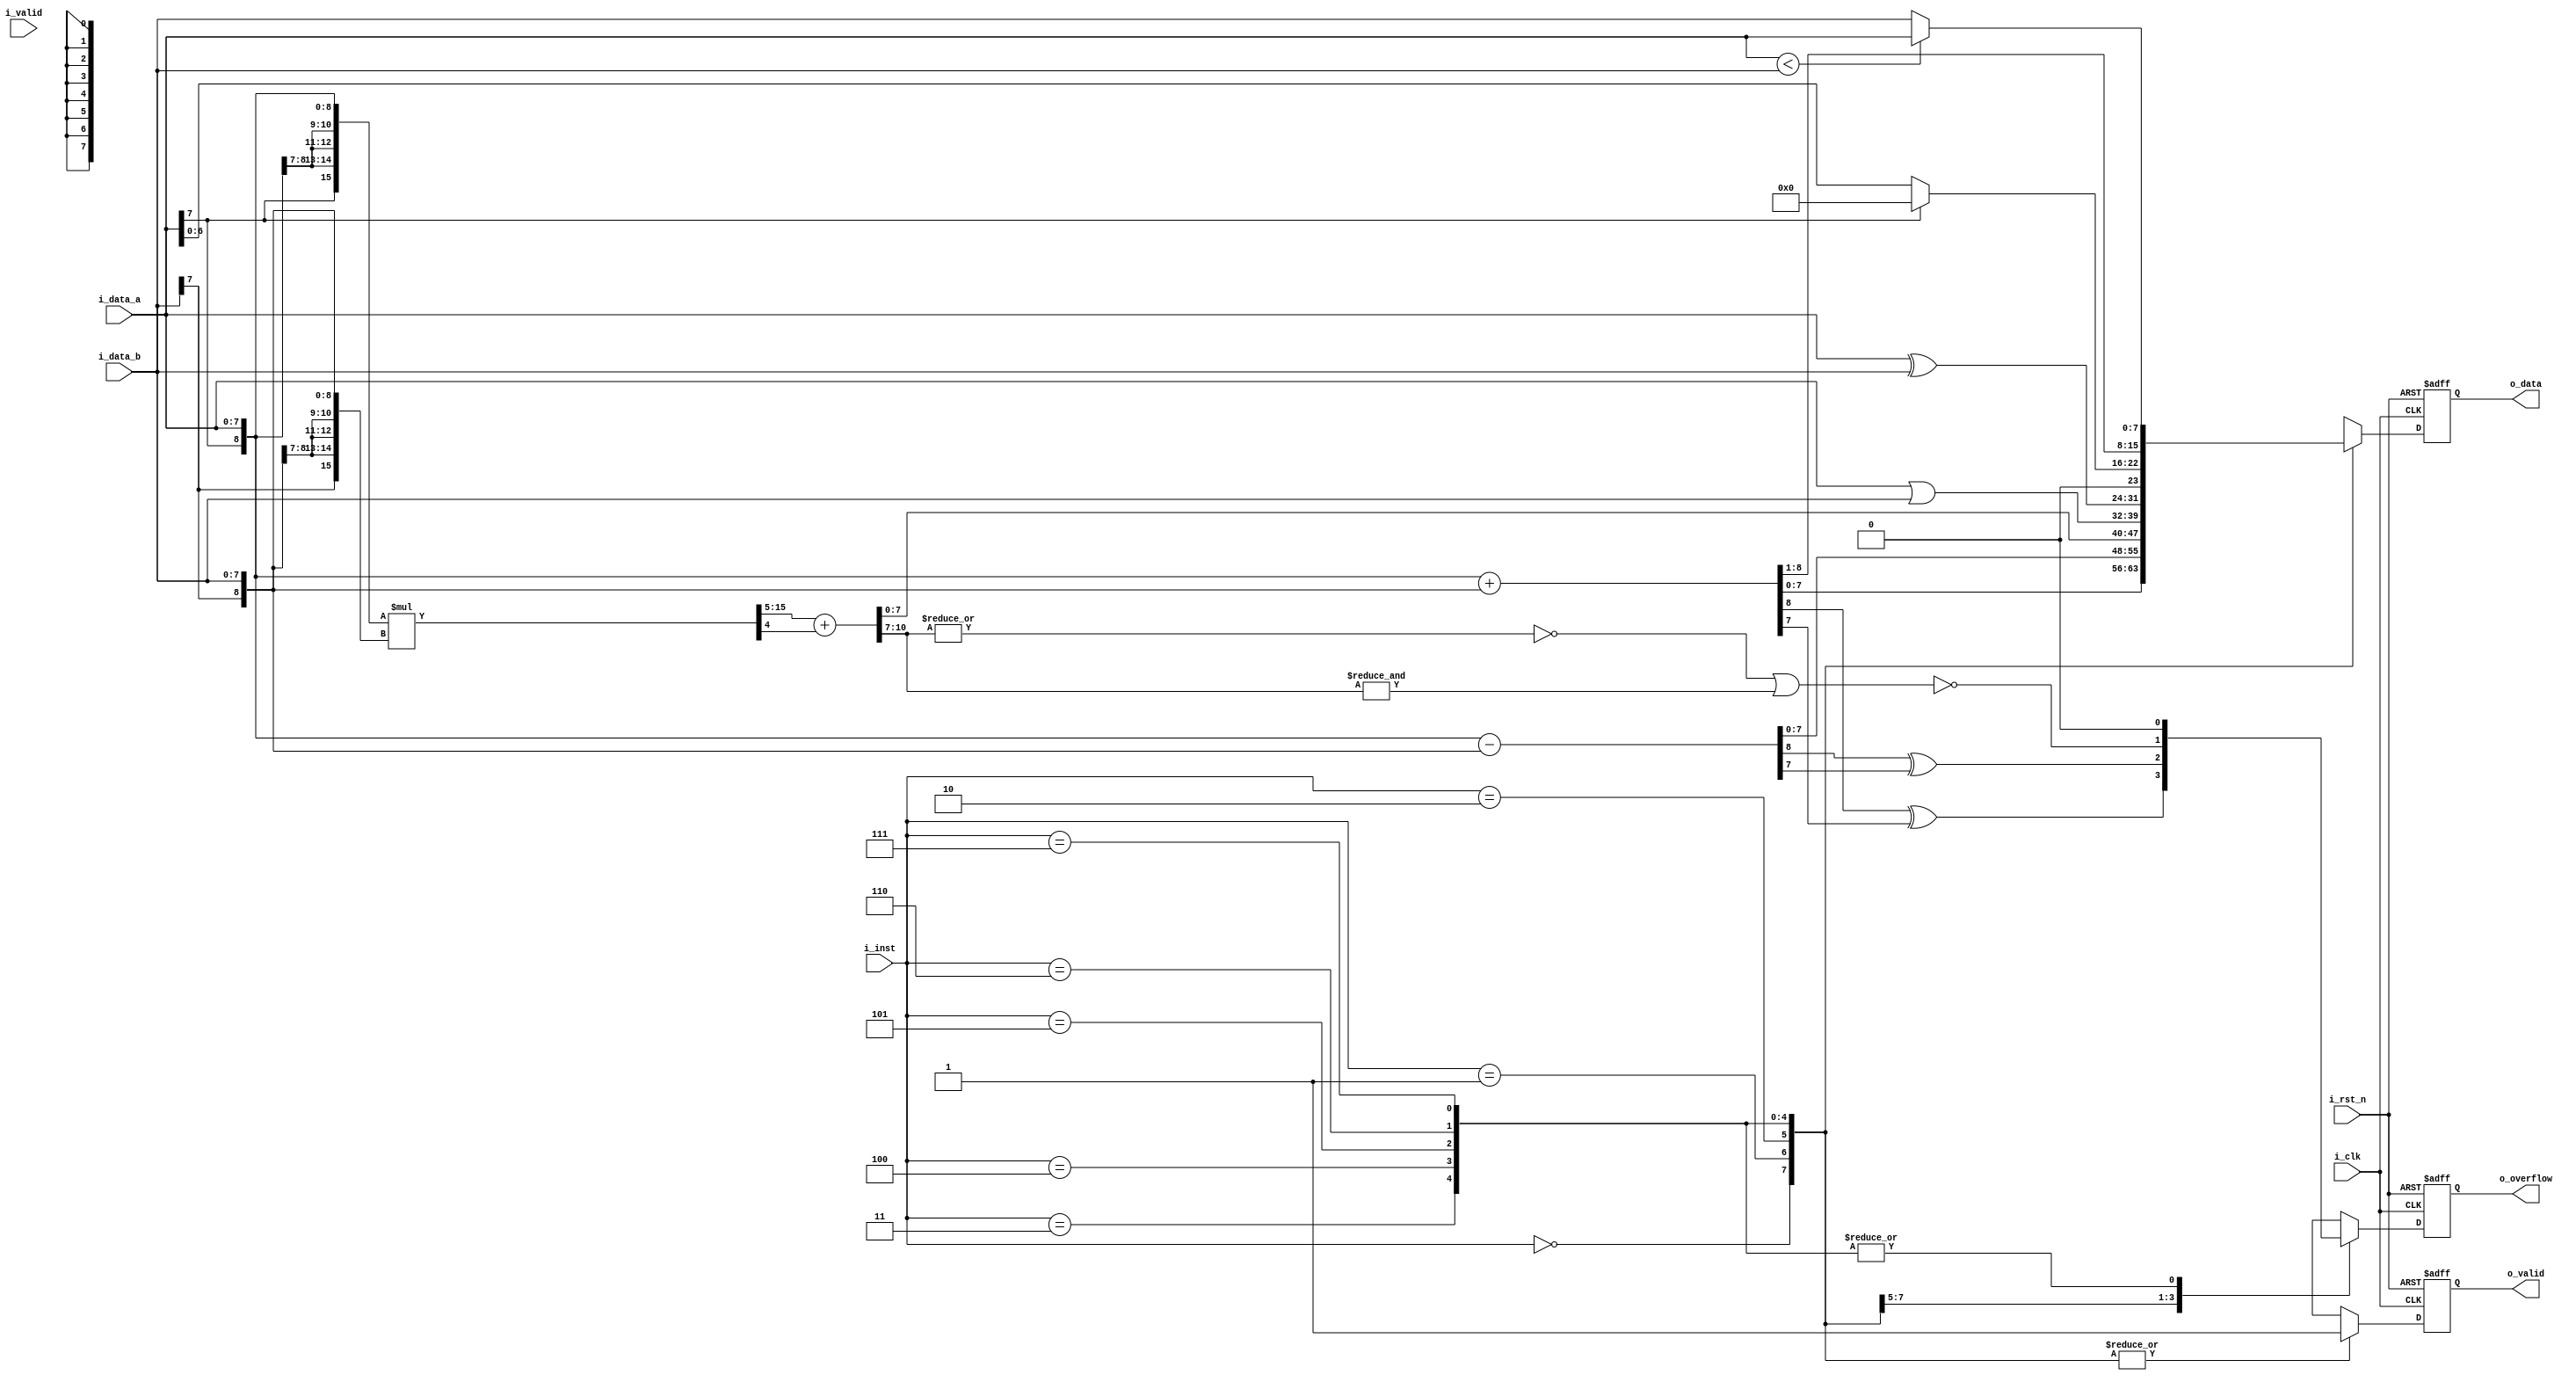
module alu #(
    parameter INT_W  = 3,
    parameter FRAC_W = 5,
    parameter INST_W = 3,
    parameter DATA_W = INT_W + FRAC_W
)(
    input                   i_clk,
    input                   i_rst_n,
    input                   i_valid,
    input signed [ DATA_W-1 : 0 ] i_data_a,
    input signed [ DATA_W-1 : 0 ] i_data_b,
    input  [ INST_W-1 : 0 ] i_inst,
    output                  o_valid,
    output [ DATA_W-1 : 0 ] o_data,
    output                  o_overflow
);

// operations
localparam OP_ADD  = 3'b000;
localparam OP_SUB  = 3'b001;
localparam OP_MUL  = 3'b010;
localparam OP_OR   = 3'b011;
localparam OP_XOR  = 3'b100;
localparam OP_RELU = 3'b101;
localparam OP_MEAN = 3'b110;
localparam OP_MIN  = 3'b111;
    
// ---------------------------------------------------------------------------
// Wires and Registers
// ---------------------------------------------------------------------------
reg  [  DATA_W-1:0] o_data_w, o_data_r;
reg                 o_valid_w, o_valid_r;
reg                 o_overflow_w, o_overflow_r;
// ---- Add your own wires and registers here if needed ---- //

wire [  DATA_W  :0] add_result;
wire                add_overflow;

wire [  DATA_W  :0] sub_result;
wire                sub_overflow;

wire [2*DATA_W-1:0] mul_result_temp;
wire [2*INST_W+FRAC_W-1:0] mul_result;
wire                mul_carryin;
wire                mul_overflow;

wire [  DATA_W-1:0] or_result;
wire [  DATA_W-1:0] xor_result;
wire [  DATA_W-1:0] relu_result;

wire [  DATA_W-1:0] mean_result;

wire [  DATA_W-1:0] min_result;




// ---------------------------------------------------------------------------
// Continuous Assignment
// ---------------------------------------------------------------------------
assign o_valid = o_valid_r;
assign o_data = o_data_r;
assign o_overflow = o_overflow_r;
// ---- Add your own wire data assignments here if needed ---- //

assign add_result = {i_data_a[DATA_W-1], i_data_a} + {i_data_b[DATA_W-1], i_data_b};
assign add_overflow = add_result[DATA_W] ^ add_result[DATA_W-1];

assign sub_result = {i_data_a[DATA_W-1], i_data_a} - {i_data_b[DATA_W-1], i_data_b};
assign sub_overflow = sub_result[DATA_W] ^ sub_result[DATA_W-1];

assign mul_result_temp = {{DATA_W{i_data_a[DATA_W-1]}}, i_data_a} * {{DATA_W{i_data_b[DATA_W-1]}}, i_data_b};
assign mul_carryin  = mul_result_temp[FRAC_W-1];
assign mul_result = mul_result_temp[2*DATA_W-1:FRAC_W] + {{2*INST_W+FRAC_W-1{1'b0}}, mul_carryin};
assign mul_overflow = ~( ~|mul_result[2*INST_W+FRAC_W+-1:DATA_W-1] | &mul_result[2*INST_W+FRAC_W+-1:DATA_W-1] );

assign or_result    = i_data_a | i_data_b;

assign xor_result   = i_data_a ^ i_data_b;

assign relu_result  = i_data_a[DATA_W-1] ? {DATA_W{1'b0}} : i_data_a;

assign mean_result = add_result[DATA_W:1];

assign min_result   = (i_data_a < i_data_b) ? i_data_a : i_data_b;


// ---------------------------------------------------------------------------
// Combinational Blocks
// ---------------------------------------------------------------------------
// ---- Write your conbinational block design here ---- //
always@(*) begin
    case (i_inst)
        OP_ADD: begin
            o_data_w = add_result[DATA_W-1:0];
            o_overflow_w = add_overflow;
            o_valid_w = 1'b1;
        end
        OP_SUB: begin
            o_data_w = sub_result[DATA_W-1:0];
            o_overflow_w = sub_overflow;
            o_valid_w = 1'b1;
        end
        OP_MUL: begin
            o_data_w = mul_result[DATA_W-1:0];
            o_overflow_w = mul_overflow;
            o_valid_w = 1'b1;
        end
        OP_OR: begin
            o_data_w = or_result;
            o_overflow_w = 1'b0;
            o_valid_w = 1'b1;
        end
        OP_XOR: begin
            o_data_w = xor_result;
            o_overflow_w = 1'b0;
            o_valid_w = 1'b1;
        end
        OP_RELU: begin
            o_data_w = relu_result;
            o_overflow_w = 1'b0;
            o_valid_w = 1'b1;
        end
        OP_MEAN: begin
            o_data_w = mean_result;
            o_overflow_w = 1'b0;
            o_valid_w = 1'b1;
        end
        OP_MIN: begin
            o_data_w = min_result;
            o_overflow_w = 1'b0;
            o_valid_w = 1'b1;
        end
    endcase
end




// ---------------------------------------------------------------------------
// Sequential Block
// ---------------------------------------------------------------------------
// ---- Write your sequential block design here ---- //
always@(posedge i_clk or negedge i_rst_n) begin
    if(!i_rst_n) begin
        o_data_r <= 0;
        o_overflow_r <= 0;
        o_valid_r <= 0;
    end else begin
        o_data_r <= o_data_w;
        o_overflow_r <= o_overflow_w;
        o_valid_r <= o_valid_w;
    end
end




endmodule